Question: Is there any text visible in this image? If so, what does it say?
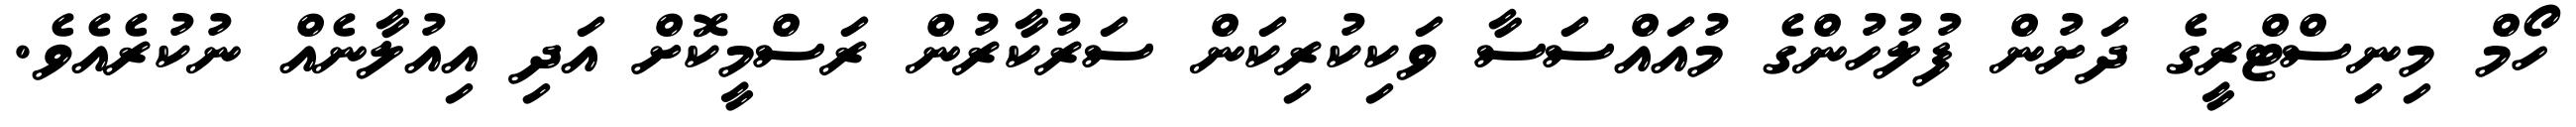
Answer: ހޯމް މިނިސްޓްރީގެ ދަށުން ފުލުހުންގެ މުއައްސަސާ ވަކިކުރިކަން ސަރުކާރުން ރަސްމީކޮށް އަދި އިއުލާނެއް ނުކުރެއެވެ.